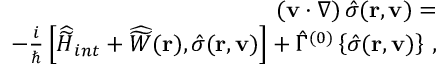
\begin{array} { r l r } & { } & { ( { \bf v } \cdot \nabla ) \, { \hat { \sigma } } ( { \bf r } , { \bf v } ) = } \\ & { } & { - \frac { i } { \hbar } \left[ { \widehat { \widetilde H } } _ { i n t } + { \widehat { \widetilde W } } ( { \bf r } ) , { \hat { \sigma } } ( { \bf r } , { \bf v } ) \right] + { \hat { \Gamma } } ^ { ( 0 ) } \left\{ { \hat { \sigma } } ( { \bf r } , { \bf v } ) \right\} \, , } \end{array}